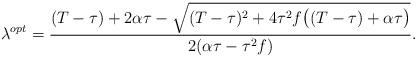
LaTeX: \begin{align*}\lambda^{opt}=\frac{(T-\tau)+2\alpha\tau-\sqrt{(T-\tau)^2+4\tau^2f\big((T-\tau)+\alpha\tau\big)}}{2(\alpha\tau-\tau^2f)}.\end{align*}